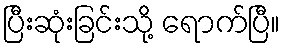
ပြီးဆုံးခြင်းသို့ ရောက်ပြီ။